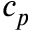
c _ { p }